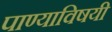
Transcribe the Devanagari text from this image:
पाण्याविषयी